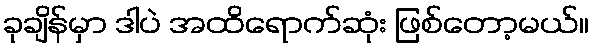
ခုချိန်မှာ ဒါပဲ အထိရောက်ဆုံး ဖြစ်တော့မယ်။